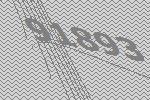
91893